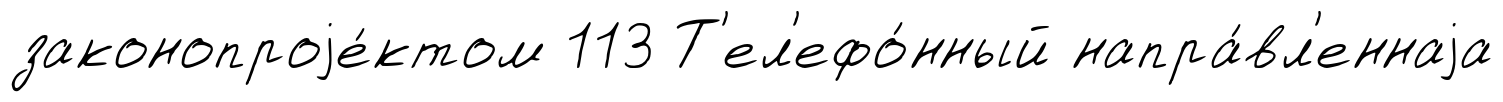
законопроjе́ктом 113 Т'ел'ефо́нный напра́вл'еннаjа